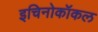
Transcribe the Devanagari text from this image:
इचिनोकॉकल